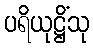
ပရိယုဋ္ဌိံသု